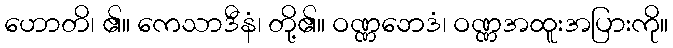
ဟောတိ၊ ၏။ ကေသာဒီနံ၊ တို့၏။ ဝဏ္ဏဘေဒံ၊ ဝဏ္ဏအထူးအပြားကို။